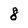
Character: 8